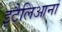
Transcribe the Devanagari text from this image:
इटैलिआना